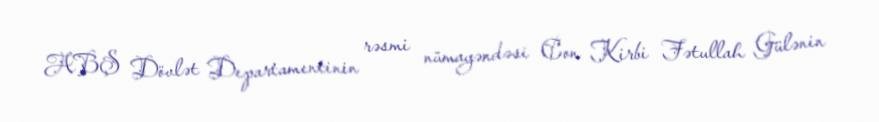
ABŞ Dövlət Departamentinin rəsmi nümayəndəsi Con Kirbi Fətullah Gülənin